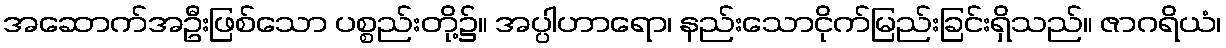
အဆောက်အဦးဖြစ်သော ပစ္စည်းတို့၌။ အပ္ပါဟာရော၊ နည်းသောငိုက်မြည်းခြင်းရှိသည်။ ဇာဂရိယံ၊